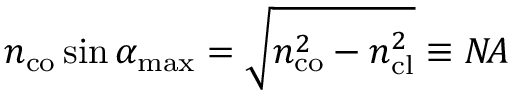
n _ { \mathrm { c o } } \sin \alpha _ { \mathrm { m a x } } = \sqrt { n _ { \mathrm { c o } } ^ { 2 } - n _ { \mathrm { c l } } ^ { 2 } } \equiv N \! A